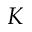
K